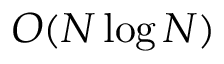
O ( N \log N )